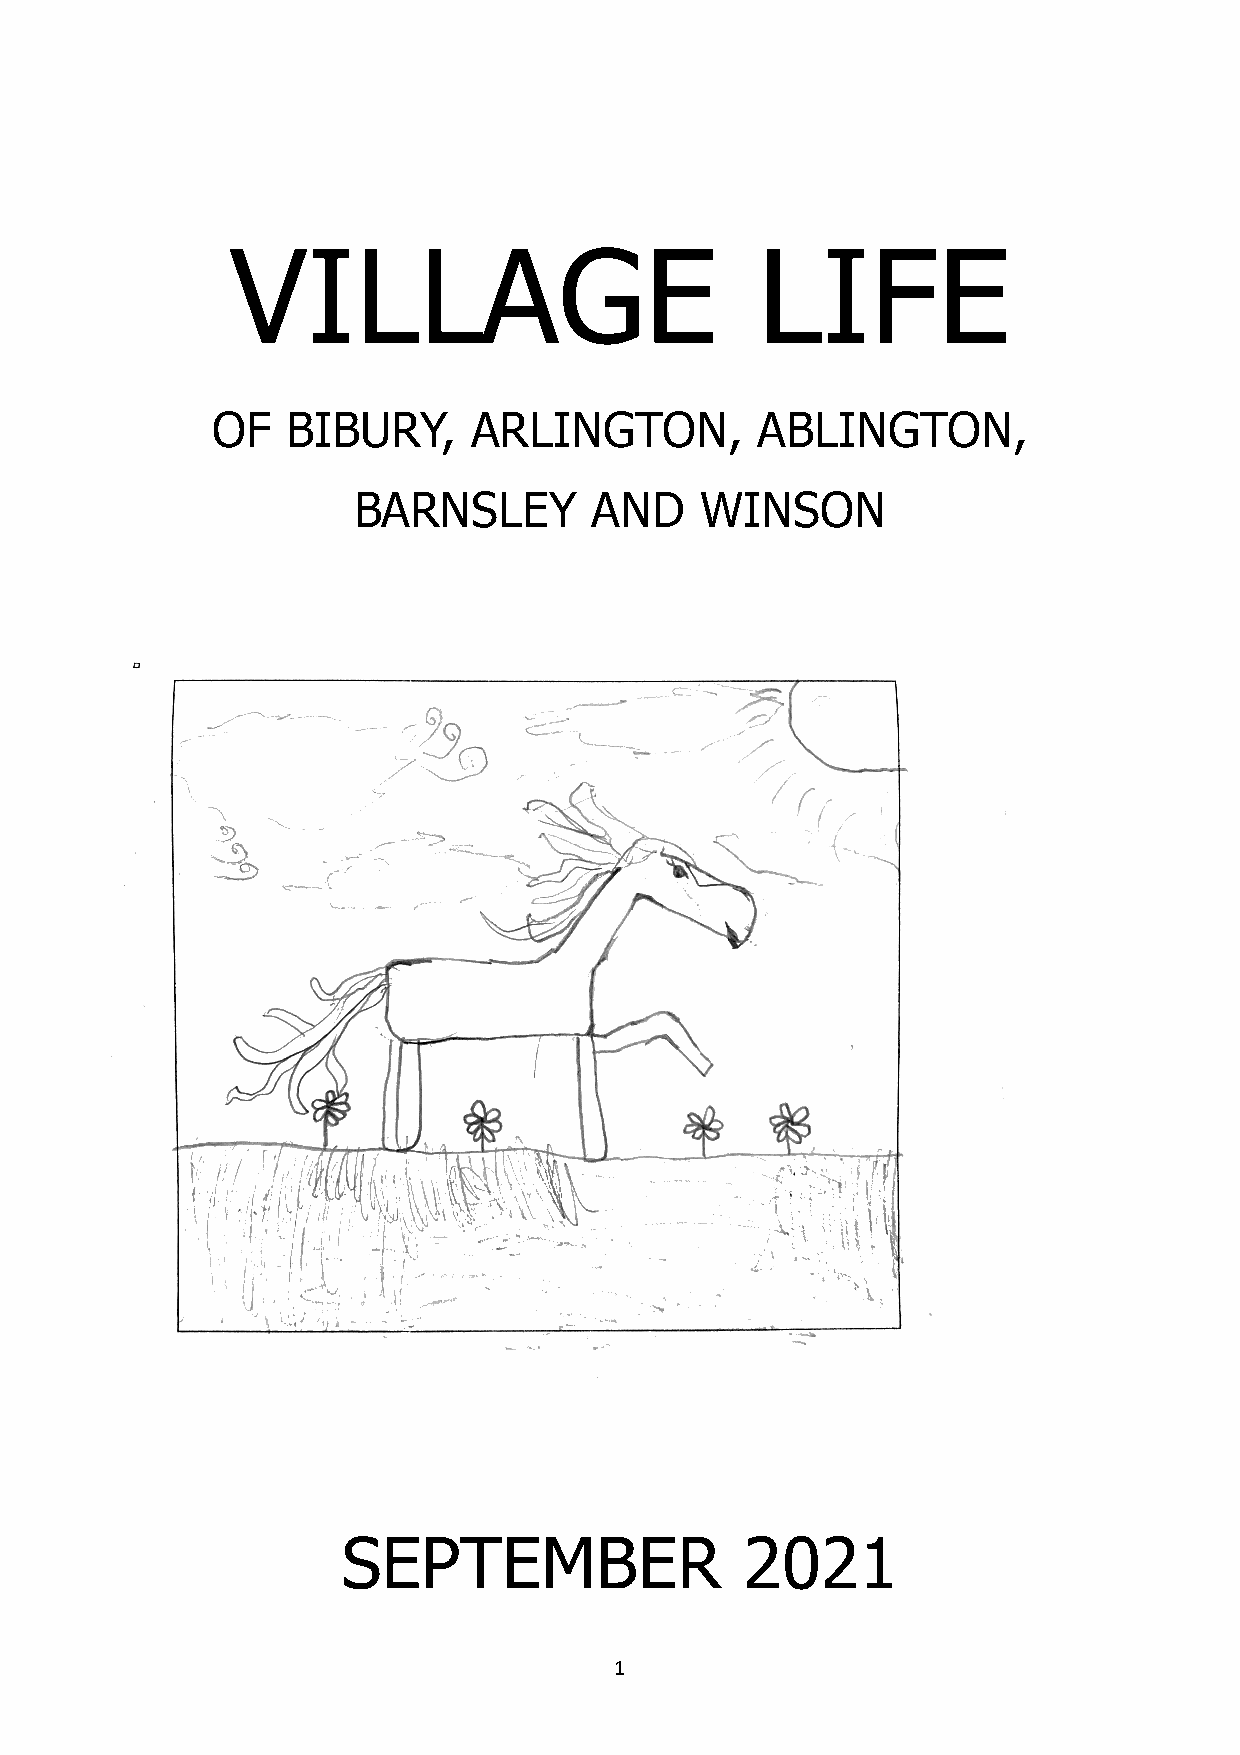
VILLAGE                            LIFE
 OF   BIBURY,     ARLINGTON,         ABLINGTON,
 BARNSLEY        AND    WINSON
 SEPTEMBER                 2021
 1